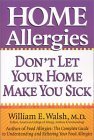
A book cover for Home Allergies: Don't Let Your Home Make You Sick; William E. Walsh; Health, Fitness & Dieting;